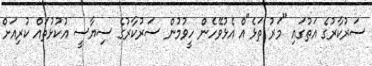
ސަރުކާރުގެ އަތުގައި "މަރު ތަޅެ"އް އެޅުވޭހެން ހީވުމުން ސަރުކާރުގެ ސިޔާސީ އުކުޅުތައް ކުރިއަށް